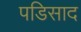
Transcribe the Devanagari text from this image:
पडिसाद